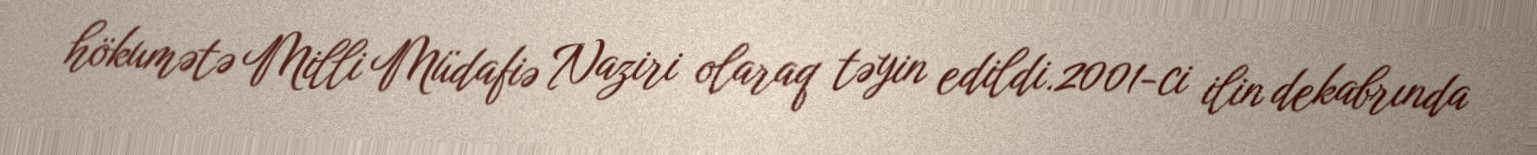
hökumətə Milli Müdafiə Naziri olaraq təyin edildi.2001-ci ilin dekabrında